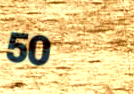
50%